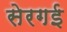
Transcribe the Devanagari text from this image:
सेरगई